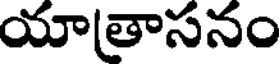
యాతాసనం